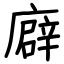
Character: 廦